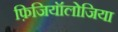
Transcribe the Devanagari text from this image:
फ़िजियॉलोजिया